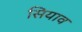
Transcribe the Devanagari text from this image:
सियाव